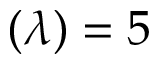
( \lambda ) = 5